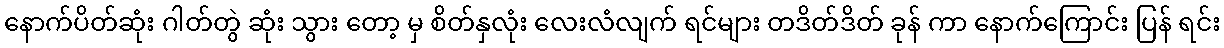
နောက်ပိတ်ဆုံး ဂါတ်တွဲ ဆုံး သွား တော့ မှ စိတ်နှလုံး လေးလံလျက် ရင်များ တဒိတ်ဒိတ် ခုန် ကာ နောက်ကြောင်း ပြန် ရင်း